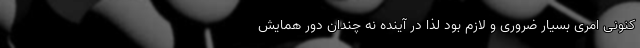
کنونی امری بسیار ضروری و لازم بود لذا در آینده نه چندان دور همایش